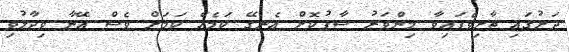
ދަށުގައި ތާށިވެފައިވާ މިންވަރު ސާފުކޮށް އެނގޭ ކަމެއް ކަމަށް ވެސް އޭނާ ވިދާޅުވި